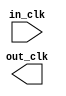
module mcu_subsystem_clock_bridge_1 (
		input  wire  in_clk,  //  in_clk.clk
		output wire  out_clk  // out_clk.clk
	);
endmodule